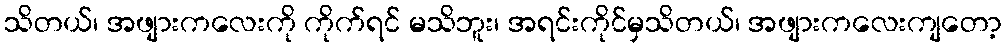
သိတယ်၊ အဖျားကလေးကို ကိုက်ရင် မသိဘူး၊ အရင်းကိုင်မှသိတယ်၊ အဖျားကလေးကျတော့